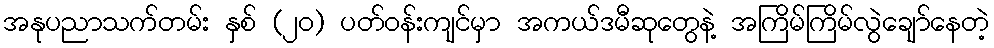
အနုပညာသက်တမ်း နှစ် (၂၀) ပတ်ဝန်းကျင်မှာ အကယ်ဒမီဆုတွေနဲ့ အကြိမ်ကြိမ်လွဲချော်နေတဲ့